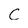
Character: C